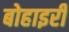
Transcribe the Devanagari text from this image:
बोहाइरी